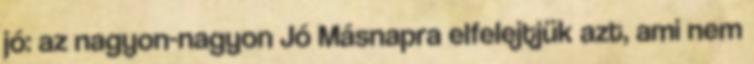
jó: az nagyon-nagyon Jó Másnapra elfelejtjük azt, ami nem